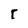
Character: r